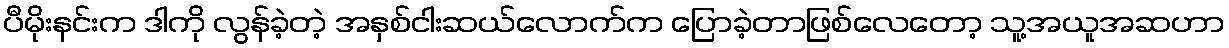
ပီမိုးနင်းက ဒါကို လွန်ခဲ့တဲ့ အနှစ်ငါးဆယ်လောက်က ပြောခဲ့တာဖြစ်လေတော့ သူ့အယူအဆဟာ